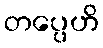
တပ္ပေဟိ